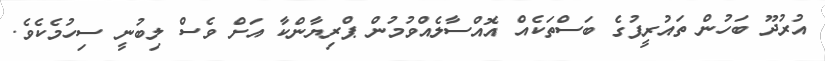
އުރުދޫ ބަހުން ތައުރީފުގެ ބަސްތަކެއް އޮއްސާލެއްވުމުން ޕްރިޔާންކާ އަށް ވެސް ލިބުނީ ސިހުމެކެވެ.